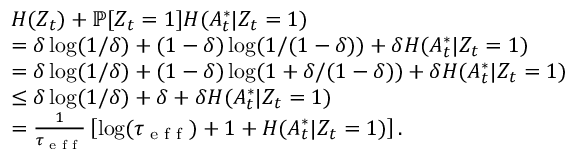
\begin{array} { r l } & { H ( Z _ { t } ) + \mathbb { P } [ Z _ { t } = 1 ] H ( A _ { t } ^ { * } | Z _ { t } = 1 ) } \\ & { = \delta \log ( 1 / \delta ) + ( 1 - \delta ) \log ( 1 / ( 1 - \delta ) ) + \delta H ( A _ { t } ^ { * } | Z _ { t } = 1 ) } \\ & { = \delta \log ( 1 / \delta ) + ( 1 - \delta ) \log ( 1 + \delta / ( 1 - \delta ) ) + \delta H ( A _ { t } ^ { * } | Z _ { t } = 1 ) } \\ & { \leq \delta \log ( 1 / \delta ) + \delta + \delta H ( A _ { t } ^ { * } | Z _ { t } = 1 ) } \\ & { = \frac { 1 } { \tau _ { \textup { e f f } } } \left[ \log ( \tau _ { \textup { e f f } } ) + 1 + H ( A _ { t } ^ { * } | Z _ { t } = 1 ) \right] . } \end{array}